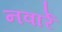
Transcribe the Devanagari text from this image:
नवार्रे